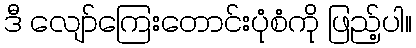
ဒီ လျော်ကြေးတောင်းပုံစံကို ဖြည့်ပါ။